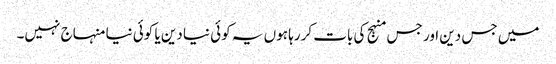
میں جس دین اور جس منہج کی بات کررہا ہوں یہ کوئی نیا دین یا کوئی نیا منہاج نہیں۔